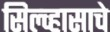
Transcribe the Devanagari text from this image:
सिल्व्हासाचे